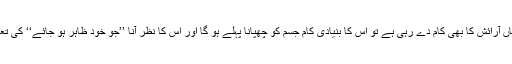
اب اگر یہ اوڑھنیاں آرائش کا بھی کام دے رہی ہے تو اس کا بنیادی کام جسم کو چھپانا پہلے ہو گا اور اس کا نظر آنا ’’جو خود ظاہر ہو جائے‘‘ کی تعریف میں آئے گا۔